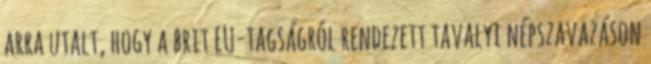
arra utalt, hogy a brit EU-tagságról rendezett tavalyi népszavazáson